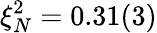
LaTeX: \xi_{N}^{2}=0.31(3)